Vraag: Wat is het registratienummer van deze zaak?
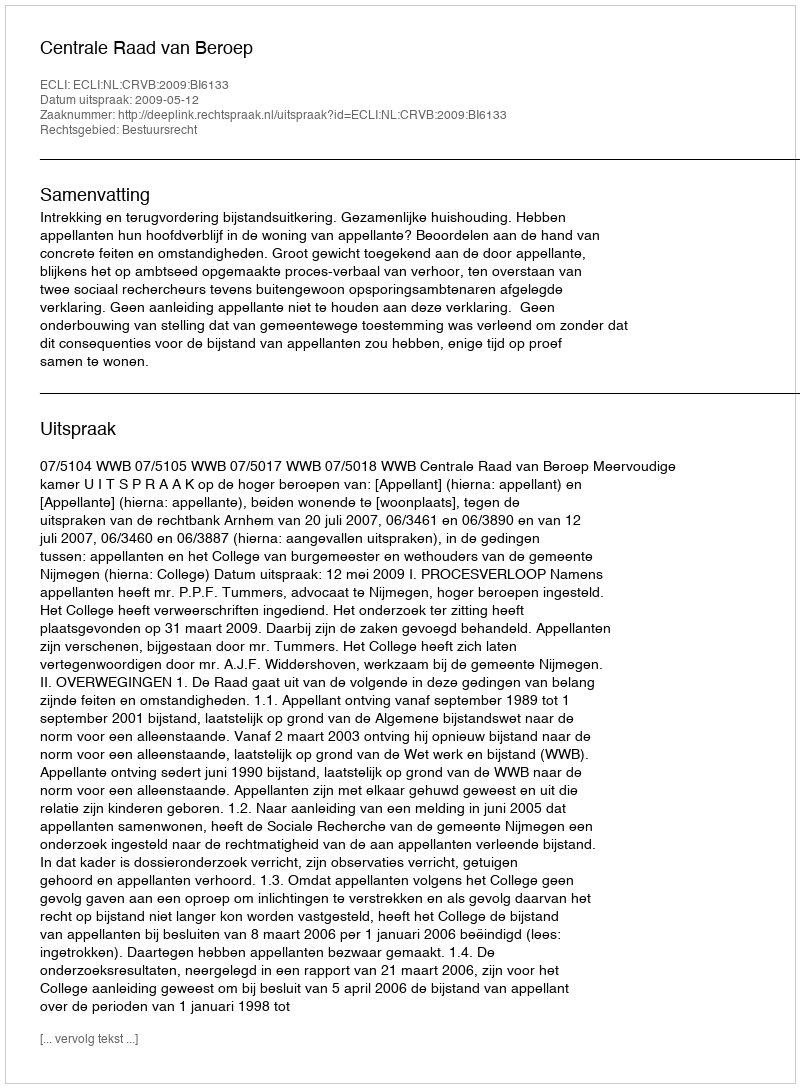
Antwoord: http://deeplink.rechtspraak.nl/uitspraak?id=ECLI:NL:CRVB:2009:BI6133